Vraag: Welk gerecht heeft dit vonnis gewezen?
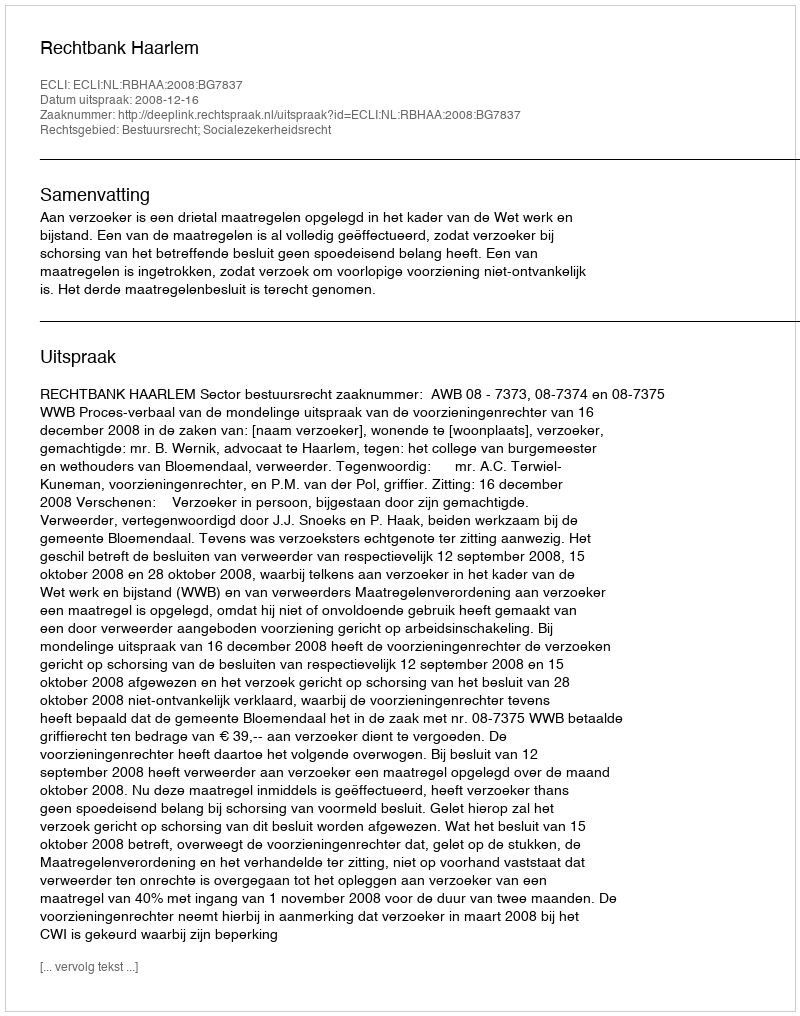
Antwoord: Rechtbank Haarlem